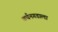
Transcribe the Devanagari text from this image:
वर्धनगडाला